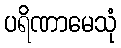
ပရိဏာမေသုံ